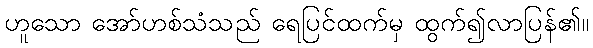
ဟူသော အော်ဟစ်သံသည် ရေပြင်ထက်မှ ထွက်၍လာပြန်၏။